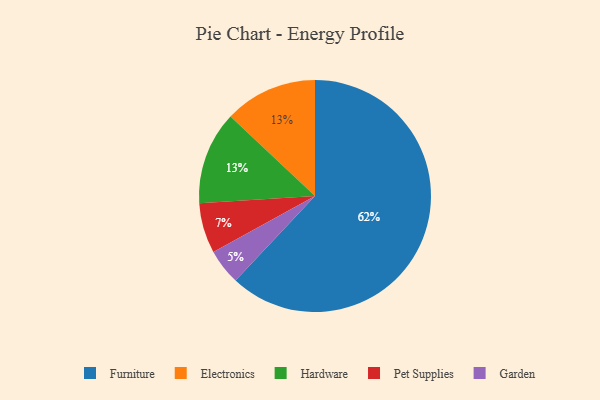
{"axis": {"x": "Category", "y": "Percentage"}, "legend": ["Electronics", "Furniture", "Garden", "Hardware", "Pet Supplies"], "data": [{"x": "Electronics", "y": 13, "type": "Electronics"}, {"x": "Hardware", "y": 13, "type": "Hardware"}, {"x": "Garden", "y": 5, "type": "Garden"}, {"x": "Furniture", "y": 62, "type": "Furniture"}, {"x": "Pet Supplies", "y": 7, "type": "Pet Supplies"}]}